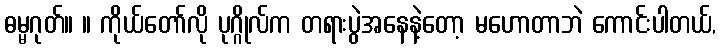
ဓမ္မဂုတ်။ ။ ကိုယ်တော်လို ပုဂ္ဂိုလ်က တရားပွဲအနေနဲ့တော့ မဟောတာဘဲ ကောင်းပါတယ်,